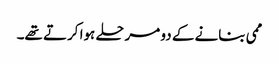
ممی بنانے کے دو مرحلے ہوا کرتے تھے۔